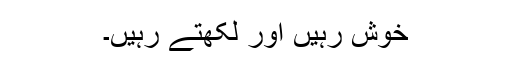
خوش رہیں اور لکھتے رہیں۔